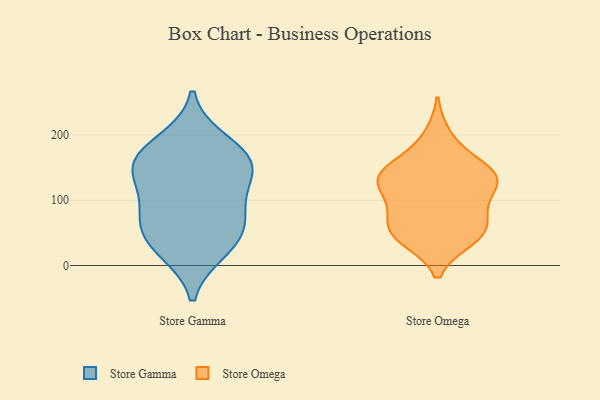
{"axis": {"x": "Customer Acquisition Cost (USD)", "y": "Value"}, "legend": ["Store Gamma", "Store Omega"], "data": [{"x": "", "y": 69, "type": "Store Gamma"}, {"x": "", "y": 190, "type": "Store Gamma"}, {"x": "", "y": 154, "type": "Store Gamma"}, {"x": "", "y": 23, "type": "Store Gamma"}, {"x": "", "y": 57, "type": "Store Gamma"}, {"x": "", "y": 147, "type": "Store Gamma"}, {"x": "", "y": 115, "type": "Store Gamma"}, {"x": "", "y": 152, "type": "Store Gamma"}, {"x": "", "y": 169, "type": "Store Gamma"}, {"x": "", "y": 82, "type": "Store Gamma"}, {"x": "", "y": 31, "type": "Store Gamma"}, {"x": "", "y": 131, "type": "Store Omega"}, {"x": "", "y": 198, "type": "Store Omega"}, {"x": "", "y": 96, "type": "Store Omega"}, {"x": "", "y": 53, "type": "Store Omega"}, {"x": "", "y": 41, "type": "Store Omega"}, {"x": "", "y": 47, "type": "Store Omega"}, {"x": "", "y": 161, "type": "Store Omega"}, {"x": "", "y": 140, "type": "Store Omega"}, {"x": "", "y": 45, "type": "Store Omega"}, {"x": "", "y": 142, "type": "Store Omega"}, {"x": "", "y": 130, "type": "Store Omega"}, {"x": "", "y": 133, "type": "Store Omega"}, {"x": "", "y": 68, "type": "Store Omega"}, {"x": "", "y": 122, "type": "Store Omega"}, {"x": "", "y": 81, "type": "Store Omega"}]}